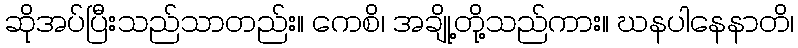
ဆိုအပ်ပြီးသည်သာတည်း။ ကေစိ၊ အချို့တို့သည်ကား။ ဃနပါနေနာတိ၊